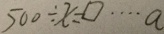
5 0 0 \div x = \square \cdots a